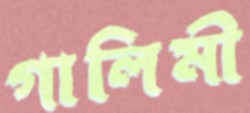
গালিমী